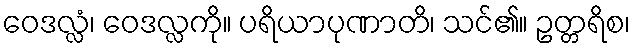
ဝေဒလ္လံ၊ ဝေဒလ္လကို။ ပရိယာပုဏာတိ၊ သင်၏။ ဥတ္တရိစ၊